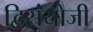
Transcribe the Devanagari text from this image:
द्विसंयोजी